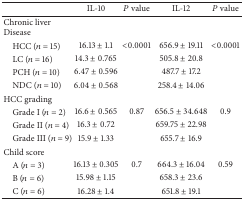
<table><thead><tr><td><b> </b></td><td><b>IL-10</b></td><td><b><i>P</i> value</b></td><td><b>IL-12</b></td><td><b><i>P</i> value</b></td></tr></thead><tbody><tr><td>Chronic liverDisease</td><td> </td><td> </td><td> </td><td> </td></tr><tr><td> HCC (<i>n</i> = 15)</td><td>16.13 ± 1.1</td><td>&lt;0.0001</td><td>656.9 ± 19.11</td><td>&lt;0.0001</td></tr><tr><td> LC (<i>n</i> = 16)</td><td>14.3 ± 0.765</td><td> </td><td>505.8 ± 20.8</td><td> </td></tr><tr><td> PCH (<i>n</i> = 10)</td><td>6.47 ± 0.596</td><td> </td><td>487.7 ± 17.2</td><td> </td></tr><tr><td> NDC (<i>n</i> = 10)</td><td>6.04 ± 0.568</td><td> </td><td>258.4 ± 14.06</td><td> </td></tr><tr><td>HCC grading</td><td> </td><td> </td><td> </td><td> </td></tr><tr><td> Grade I (<i>n</i> = 2)</td><td>16.6 ± 0.565</td><td>0.87</td><td>656.5 ± 34.648</td><td>0.9</td></tr><tr><td> Grade II (<i>n</i> = 4)</td><td>16.3 ± 0.72</td><td> </td><td>659.75 ± 22.98</td><td> </td></tr><tr><td> Grade III (<i>n</i> = 9)</td><td>15.9 ± 1.33</td><td> </td><td>655.7 ± 16.9</td><td> </td></tr><tr><td>Child score</td><td> </td><td> </td><td> </td><td> </td></tr><tr><td> A (<i>n</i> = 3)</td><td>16.13 ± 0.305</td><td>0.7</td><td>664.3 ± 16.04</td><td>0.59</td></tr><tr><td> B (<i>n</i> = 6)</td><td>15.98 ± 1.15</td><td> </td><td>658.3 ± 23.6</td><td> </td></tr><tr><td> C (<i>n</i> = 6)</td><td>16.28 ± 1.4</td><td> </td><td>651.8 ± 19.1</td><td> </td></tr></tbody></table>